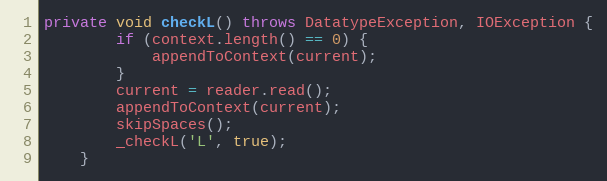
Language: Java
private void checkL() throws DatatypeException, IOException {
        if (context.length() == 0) {
            appendToContext(current);
        }
        current = reader.read();
        appendToContext(current);
        skipSpaces();
        _checkL('L', true);
    }